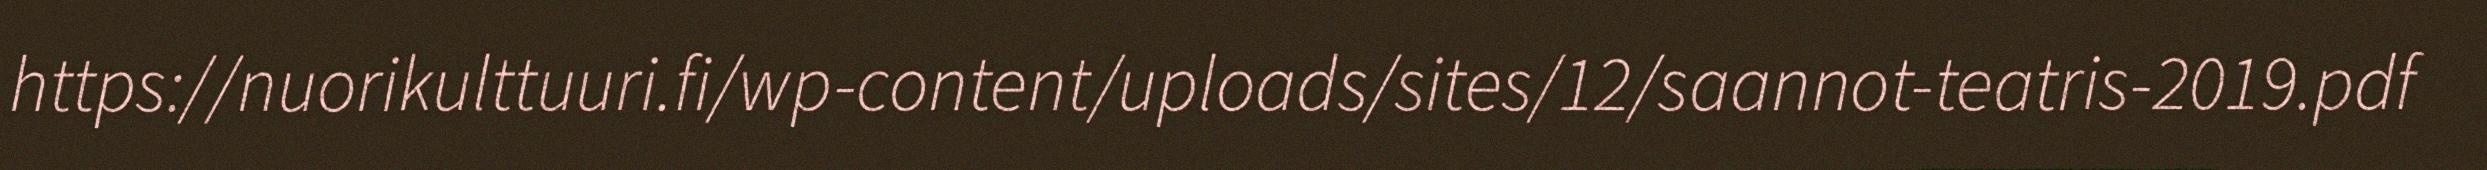
https://nuorikulttuuri.fi/wp-content/uploads/sites/12/saannot-teatris-2019.pdf